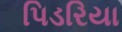
પિડરિયા